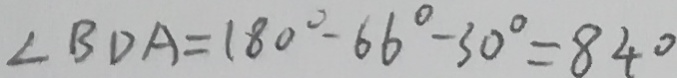
\angle B D A = 1 8 0 ^ { \circ } - 6 6 ^ { \circ } - 3 0 ^ { \circ } = 8 4 ^ { \circ }